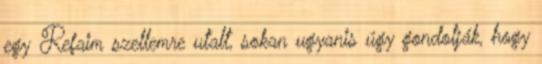
egy Refaim szellemre utalt, sokan ugyanis úgy gondolják, hogy